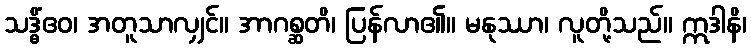
သဒ္ဓိံဧဝ၊ အတူသာလျှင်။ အာဂစ္ဆတိ၊ ပြန်လာ၏။ မနုဿာ၊ လူတို့သည်။ ဣဒါနိ၊